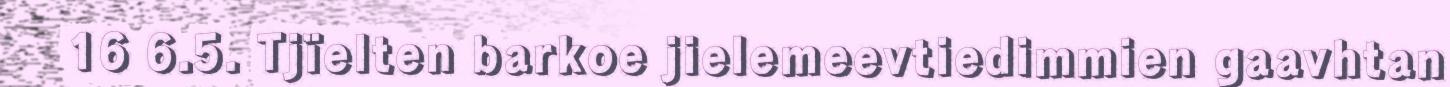
16 6.5. Tjïelten barkoe jielemeevtiedimmien gaavhtan